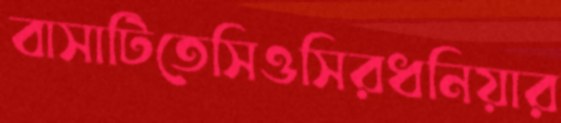
বাসাটিতেসিওসিরধনিয়ার